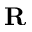
\mathbf { R }